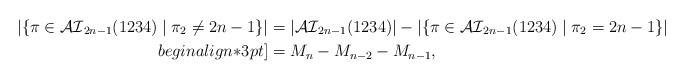
LaTeX: \begin{align*}|\{\pi \in \mathcal{AI}_{2n-1}(1234) \mid \pi_2 \neq 2n-1\}| &= |\mathcal{AI}_{2n-1}(1234)| - |\{\pi \in \mathcal{AI}_{2n-1}(1234) \mid \pi_2 = 2n-1\}| \\begin{align*}3pt]&= M_n - M_{n-2} - M_{n-1},\end{align*}